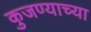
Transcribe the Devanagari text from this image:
कुजण्याच्या